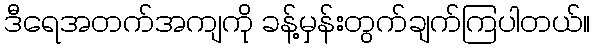
ဒီရေအတက်အကျကို ခန့်မှန်းတွက်ချက်ကြပါတယ်။